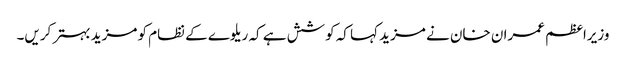
وزیراعظم عمران خان نے مزید کہا کہ کوشش ہے کہ ریلوے کے نظام کو مزید بہتر کریں۔